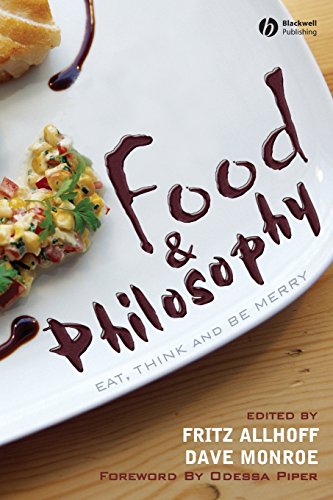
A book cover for Food and Philosophy: Eat, Think, and Be Merry; Humor & Entertainment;